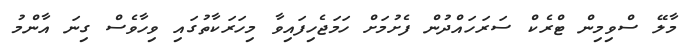
މާލޭ ސްވިމިން ޓްރެކް ސަރަހައްދުން ފެށުމަށް ހަމަޖެހިފައިވާ މިހަރަކާތުގައި ވިހާވެސް ގިނަ އާންމު